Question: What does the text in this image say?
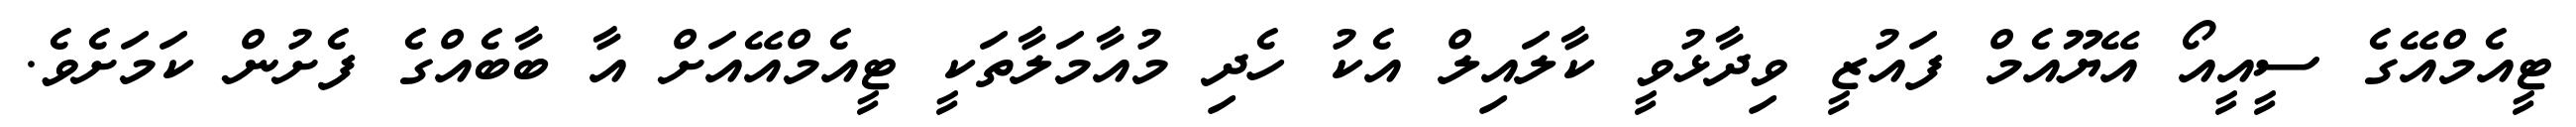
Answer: ޓީއެމްއޭގެ ސީއީއޯ އޭޔޫއެމް ފައުޒީ ވިދާޅުވީ ކާލައިލް އެކު ހެދި މުއާމަލާތަކީ ޓީއެމްއޭއަށް އާ ބާބެއްގެ ފެށުން ކަމަށެވެ.